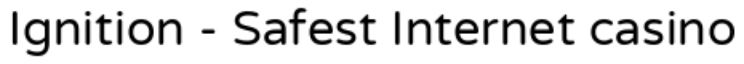
Ignition - Safest Internet casino